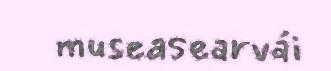
museasearvái